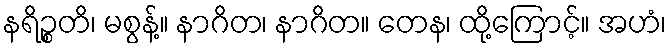
နရိဉ္စတိ၊ မစွန့်။ နာဂိတ၊ နာဂိတ။ တေန၊ ထို့ကြောင့်။ အဟံ၊